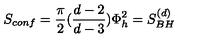
S _ { c o n f } = { \frac { \pi } { 2 } } ( { \frac { d - 2 } { d - 3 } } ) \Phi _ { h } ^ { 2 } = S _ { B H } ^ { ( d ) }